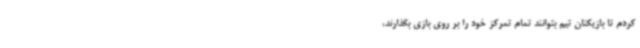
کردم تا بازیکنان تیم بتوانند تمام تمرکز خود را بر روی بازی بگذارند،